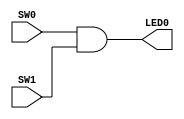
module ex1(SW0, SW1, LED0);
	input SW0, SW1;
	output LED0;
	and(LED0, SW0, SW1);
endmodule